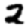
Digit: 2